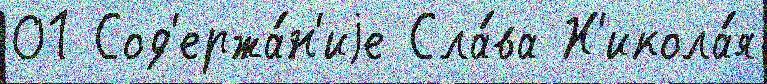
01 Сод'ержа́н'иjе Сла́ва Н'икола́я